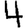
Digit: 4